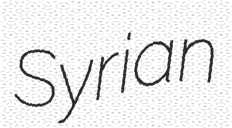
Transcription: Syrian